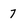
Character: 7